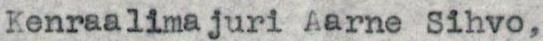
Kenraalimajuri Aarne Sihvo,